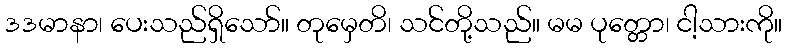
ဒဒမာနာ၊ ပေးသည်ရှိသော်။ တုမှေတိ၊ သင်တို့သည်။ မမ ပုတ္တော၊ ငါ့သားကို။